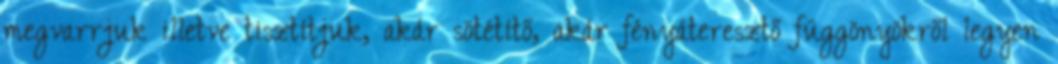
megvarrjuk illetve tisztítjuk, akár sötétítő, akár fényáteresztő függönyökről legyen